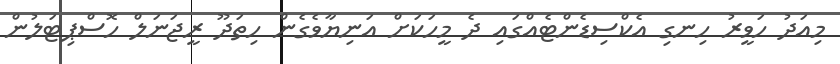
މިއަދު ހަވީރު ހިނގި އެކްސިޑެންޓެއްގައި ދެ މީހަކަށް އަނިޔާވެގެން ހިތަދޫ ރީޖަނަލް ހޮސްޕިޓަލުން